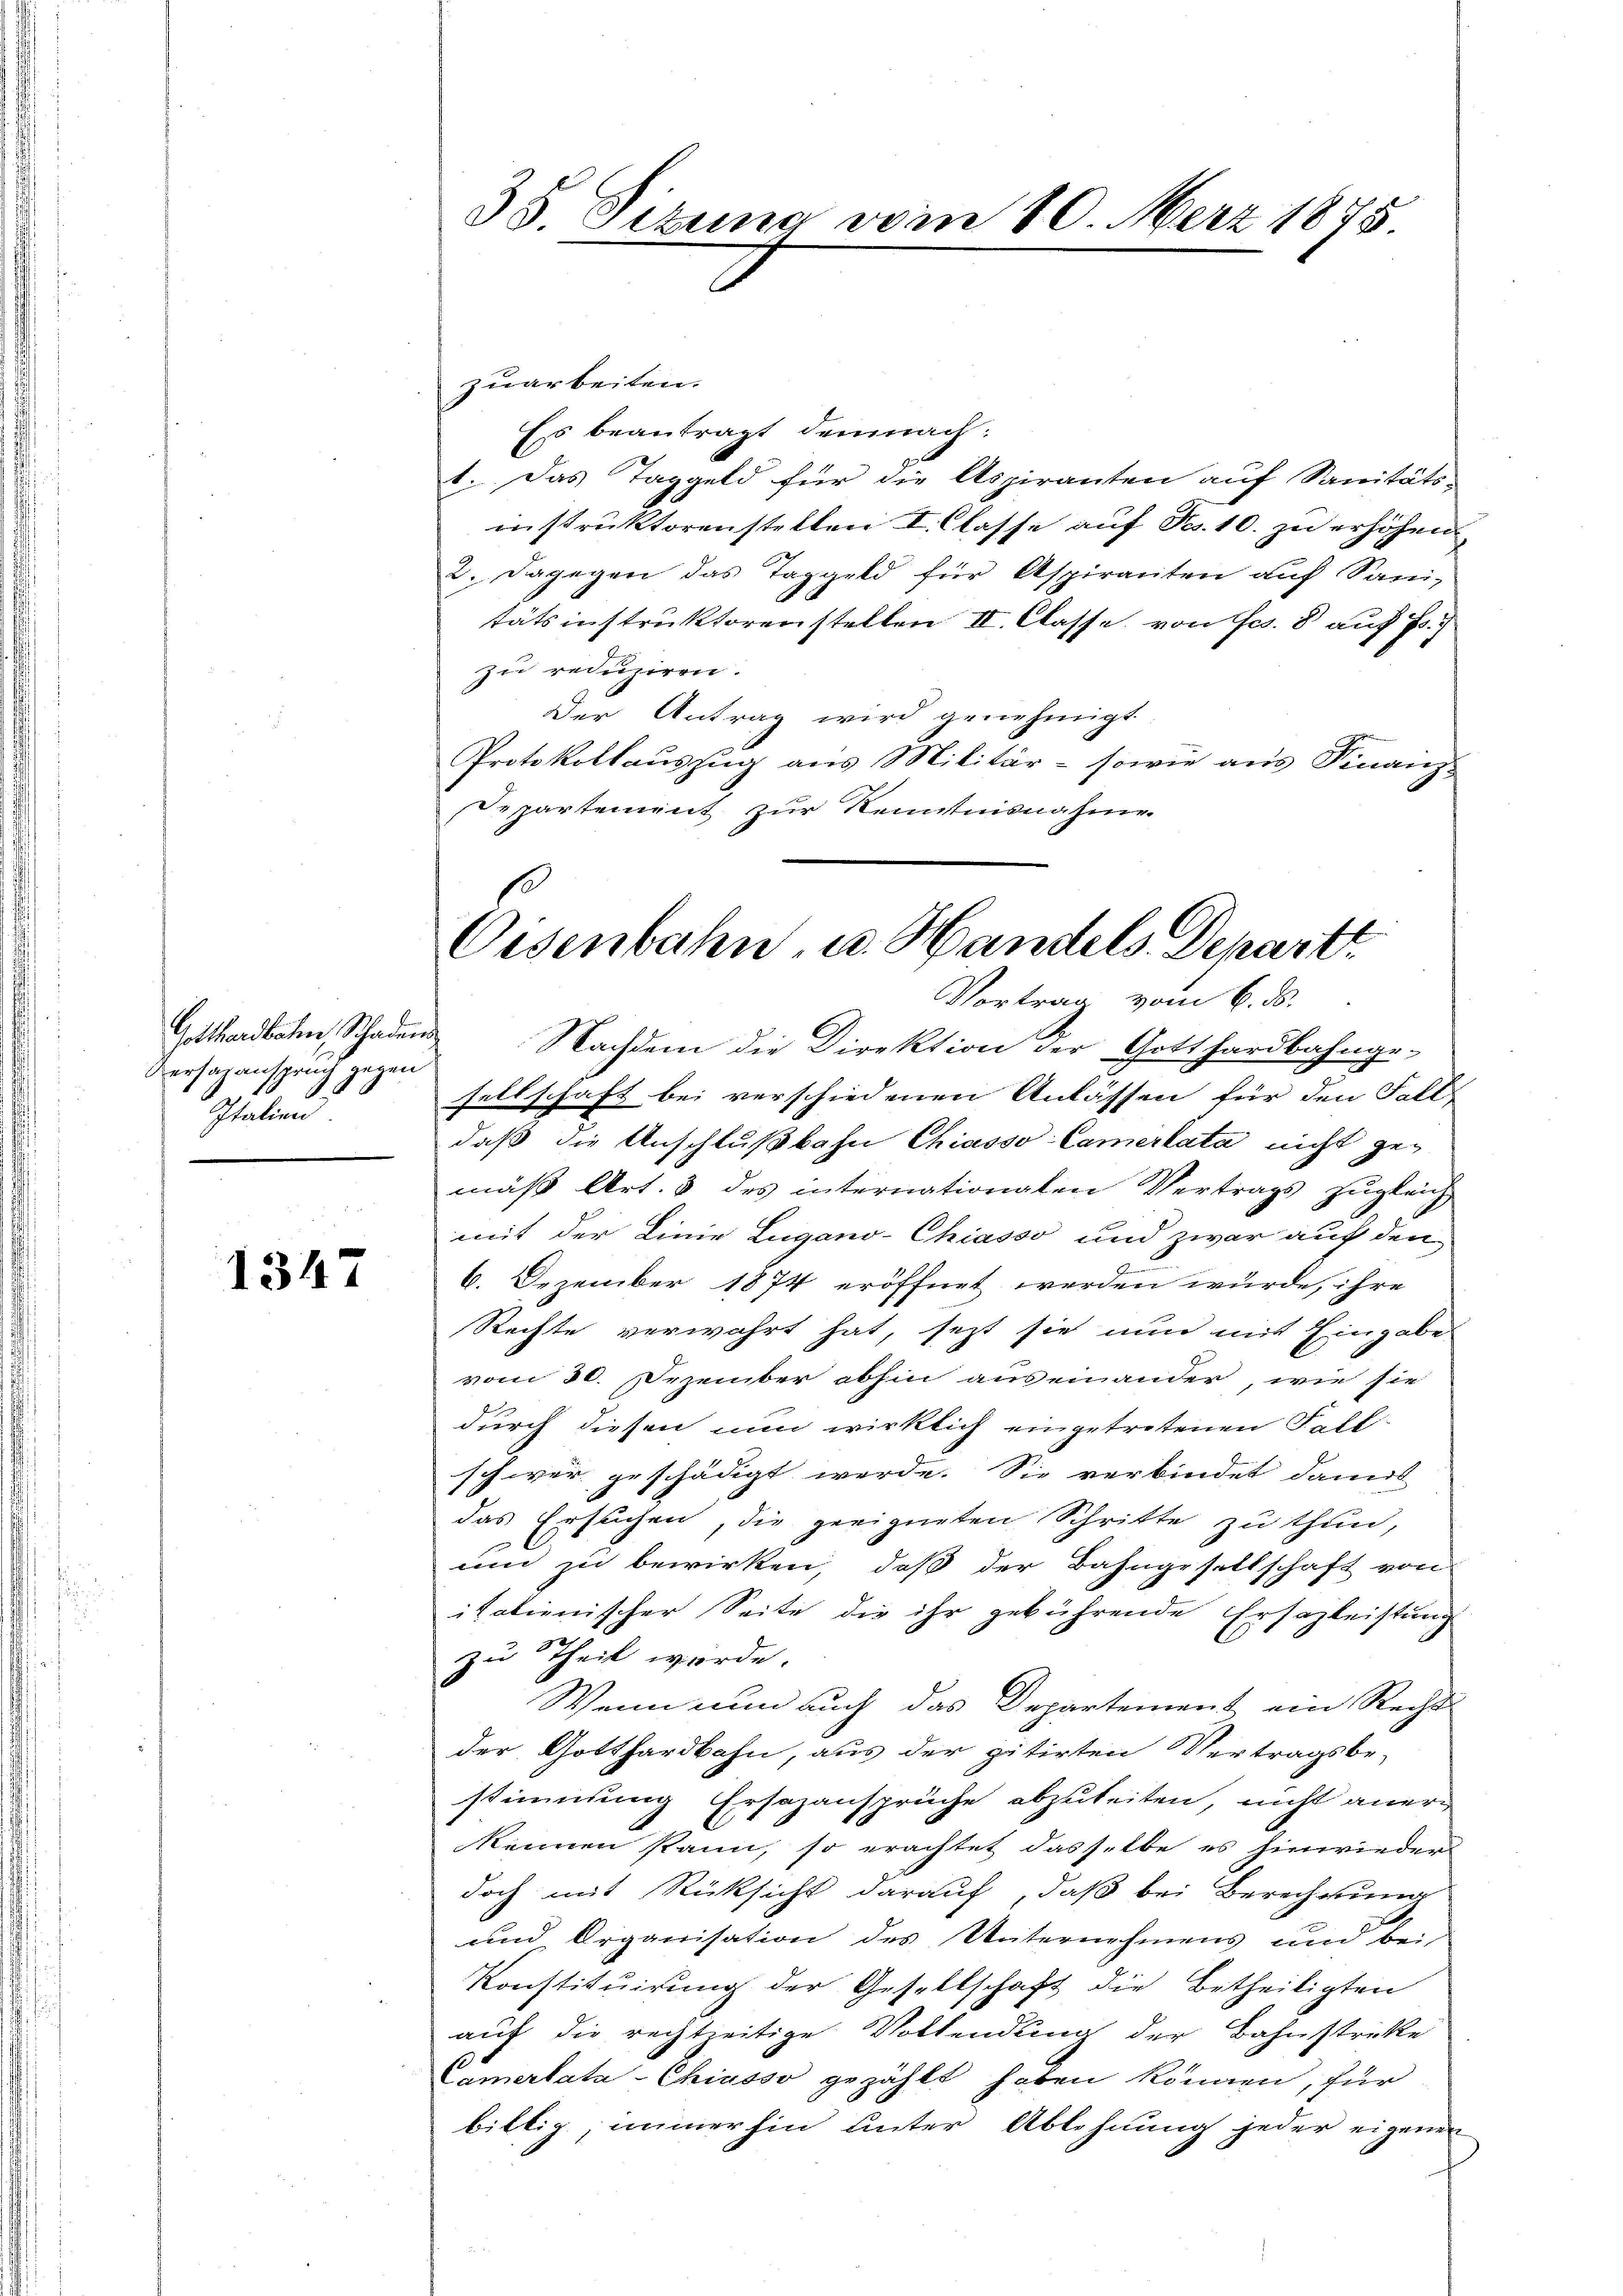
Versasanspruch gegen
Schreiben

1347

38. Sitzung vom 10. März 1875.

zuarbeiten.
Ess beantragt demnach:
t. Das Taggeld für die Aspiranten auf Sanitäts-
instruktorenstellen I. Classe auf Fr. 10. zu erhöhen
2. Dagegen das Taggeld für Aspiranten auf Sani-
tätsinstruktorenstellen II. Classe, von Ges. 8 auf Fr.
zu reduziren.
Der Antrag wird genehmigt.
Protokollauszug aus Militär- sowie aus Finanz-
Repartement zur Kenntnisnahme.

Oisenbahn u. Handels Depart

Vortrag vom 6. ds.
Gotthardbahn, Schaden Nachdem die Direktion der Gotthardbahnge-
sellschaft bei verschiedenen Anlassen für den Fall-
daß die Anschlußbahn Chiasso Camertata nicht gemäß Art. 3 des internationalen Vertrags zugleich
mit der Linie Lugano-Chiasso und zwar auf den
6. Dezember 1874 eröffnet werden würde, ihre
Rechte verwahrt hat, jezt sie nun mit Eingabe
vom 30. Dezember abhin auseinander, wie sie
durch diesen nun wirklich eingetretenen Fall-
schwer geschädigt werde. Sie verbindet damit
das Ersuchen, die geeigneten Schritte zu thun,
um zu bewirken, daß der Bahngesellschaft von
italienischer Seite die ihr gebührende Ersazleistung
zu Theil wurde.
Wenn nun auch das Departement ein Recht
der Gotthardbahn, aus der zitirten Vertragsbe-
stimmung Ersezansprüche abzuleiten, nicht anerg
kennen kann, so erachtet dasselbe es hinwieder
doch mit Rücksicht darauf, daß bei Berechnung
und Organisation des Unternehmens und bei
Konstituirung der Gesellschaft die Betheiligten
auf die rechtzeitige Vollendung der Bahnstreke
Camertata-Chiasso gezählt haben können, für
billig, immerhin unter Ablehnung jeder eigenen